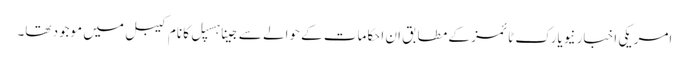
امریکی اخبار نیویارک ٹائمز کے مطابق ان احکامات کے حوالے سےجینا ہسپل کا نام کیبل میں موجود تھا۔